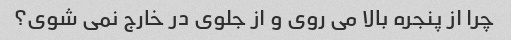
چرا از پنجره بالا می روی و از جلوی در خارج نمی شوی؟